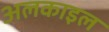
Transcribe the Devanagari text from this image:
अलकाइल